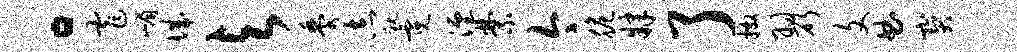
。窄嵋城与黍志耽霓湮禁今脆肄了撒羽斫文曲宝